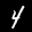
Label: 4